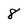
Character: 8